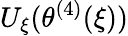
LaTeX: U_{\xi}(\theta^{(4)}(\xi))